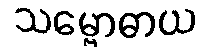
သမ္ဗောဓာယ